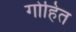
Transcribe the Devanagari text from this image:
गोहित